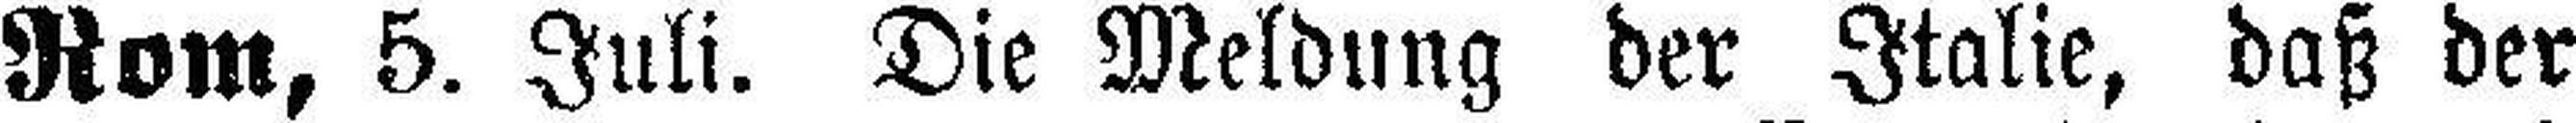
Rom, 5. Juli. Die Meldung der Italie, daß der